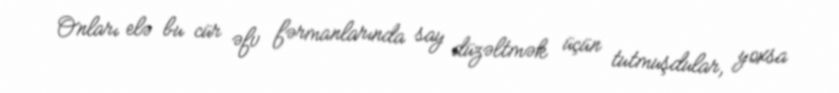
Onları elə bu cür əfv fərmanlarında say düzəltmək üçün tutmuşdular, yoxsa